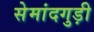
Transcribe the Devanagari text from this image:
सेमांदगुड़ी